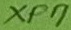
Text: XP7